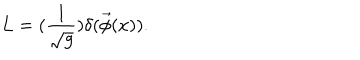
L = ( \frac 1 { \sqrt { g } } ) \delta ( \vec { \phi } ( x ) ) .